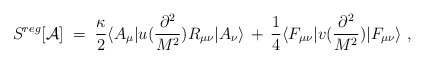
\begin{align*}S^{reg}[{\mathcal A}]\;=\;\frac{\kappa}{2} \langle A_\mu | u(\frac{\partial^2}{M^2}) R_{\mu\nu}| A_\nu \rangle \,+\,\frac{1}{4} \langle F_{\mu\nu}| v(\frac{\partial^2}{M^2})|F_{\mu\nu}\rangle \;,\end{align*}